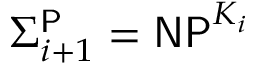
\Sigma _ { i + 1 } ^ { \mathsf { P } } = { \mathsf { N P } } ^ { K _ { i } }